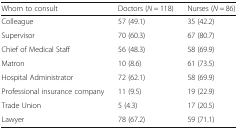
<table><thead><tr><td><b>Whom to consult</b></td><td><b>Doctors (<i>N</i> = 118)</b></td><td><b>Nurses (<i>N</i> = 86)</b></td></tr></thead><tbody><tr><td>Colleague</td><td>57 (49.1)</td><td>35 (42.2)</td></tr><tr><td>Supervisor</td><td>70 (60.3)</td><td>67 (80.7)</td></tr><tr><td>Chief of Medical Staff</td><td>56 (48.3)</td><td>58 (69.9)</td></tr><tr><td>Matron</td><td>10 (8.6)</td><td>61 (73.5)</td></tr><tr><td>Hospital Administrator</td><td>72 (62.1)</td><td>58 (69.9)</td></tr><tr><td>Professional insurance company</td><td>11 (9.5)</td><td>19 (22.9)</td></tr><tr><td>Trade Union</td><td>5 (4.3)</td><td>17 (20.5)</td></tr><tr><td>Lawyer</td><td>78 (67.2)</td><td>59 (71.1)</td></tr></tbody></table>